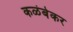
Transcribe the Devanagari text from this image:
कळंबेकर